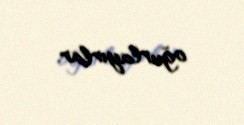
oğurlayırlar.